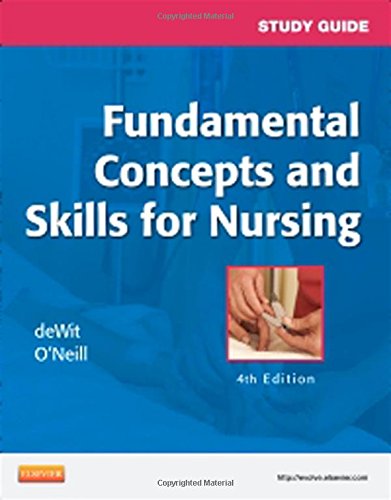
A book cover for Study Guide for Fundamental Concepts and Skills for Nursing, 4e; Susan C. deWit MSN  RN  CNS  PHN; Medical Books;